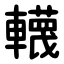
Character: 䡸